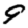
Digit: 9